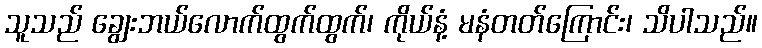
သူသည် ချွေးဘယ်လောက်ထွက်ထွက်၊ ကိုယ်နံ့ မနံတတ်ကြောင်း၊ သိပါသည်။